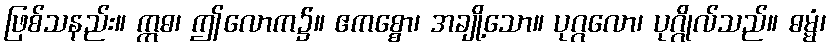
ဖြစ်သနည်း။ ဣဓ၊ ဤလောက၌။ ဧကစ္စော၊ အချို့သော။ ပုဂ္ဂလော၊ ပုဂ္ဂိုလ်သည်။ ဓမ္မံ၊